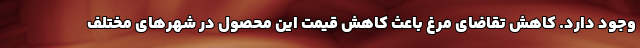
وجود دارد. کاهش تقاضای مرغ باعث کاهش قیمت این محصول در شهرهای مختلف